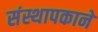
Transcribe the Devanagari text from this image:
संस्थापकाने